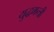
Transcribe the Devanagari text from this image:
युद्धमन्त्री